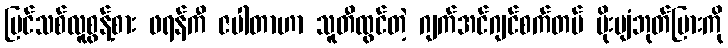
ပြင်သစ်လူစွန့်စား ဖရန်ကီ ဇပါတာဟာ သူတီထွင်တဲ့ ဂျက်အင်ဂျင်စက်တပ် မိုးပျံဘုတ်ပြားကို